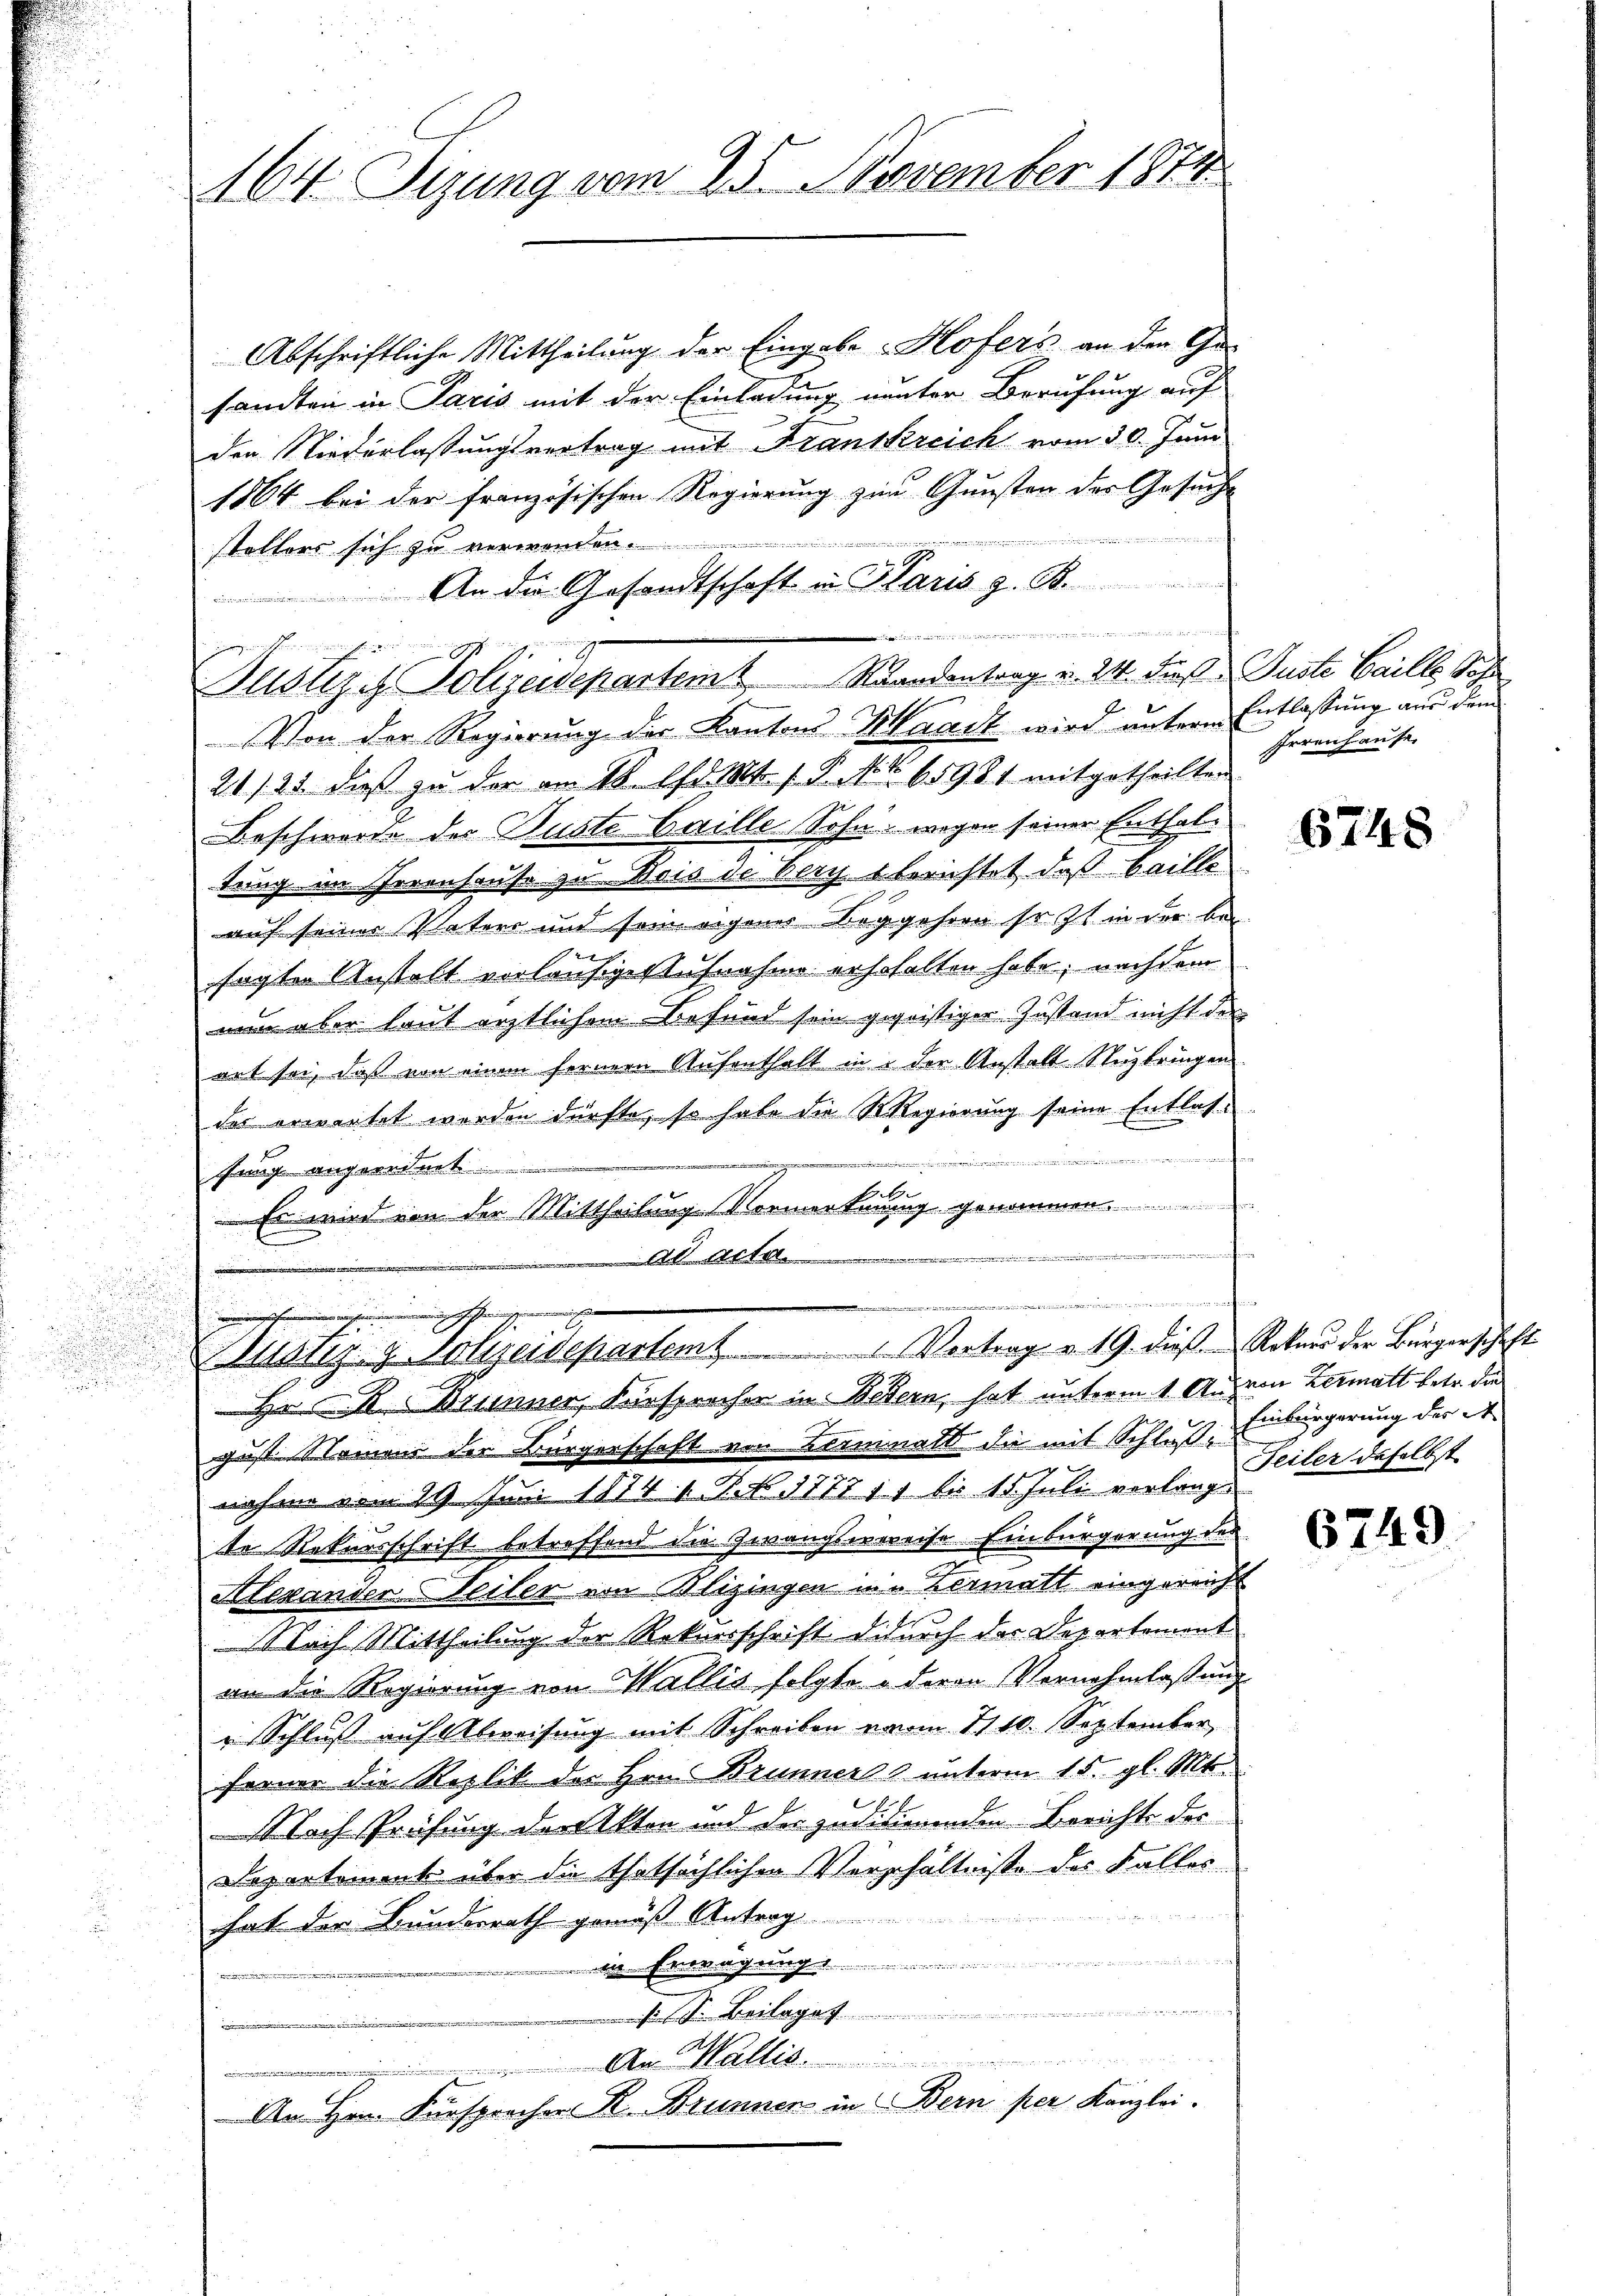
.

164. Tizung vom 25. November 1874

Abschriftliche Mittheilung der Eingabe Hofers an der Ge-
sandten in Paris mit der Einladung neuten Berufung auf
den Niederlassungsvertrag mit Franskreich vom 30. Juni
1864 bei der französischen Regierung zur Gunsten der Gesucht
x
stellers sich zu verwenden.
G
An die Gesandtschaft in Glaris z. B.
L
 nie einen Ste
Justiz & Polizeisepartem Standentrag v. 24. dies Juste Gaille Soh
Von der Regierung der Kantons Marck wird untern Entlassung aus dem
21/25 dieß zu der an Wolf d. Mt. s. S. Nr. 65981 mitgetheilten
Beschwerde des Suste Gaille Sohn wegen seiner Enthaltung im Irrenhause zu Deis de Berg berichtet, daß baille
auf seiner Vaters und sein eigener Begehren so zt in der bei
x
sagten Anstalt vorläufiger Aufnahme erhohalten habe; nachdem
nun aber laut ärztlichem Befund sein gegeistiger Zustand nicht den
art sei, daß von einem ferner Aufenthalt in u der Anstalt-Nuzbringen
der erwartet werden dürfte, so habe die Regierung seine Entlasn
sung angeordnet
Es wird von der Mittheilung Normerkennung genommen.
.
An Acte

A . 222 Al. 2 der der eine und der indet in diesen ein und
shemmen |
Dlustiz- & Polizeidepartet. Vortrag v. 19. dieβ. Rotuer der Bürgerschaft
Hr. R. Brunner, Fürsprecher in Betern, hat unterm 1 Au von Zermatt betr. da

Irreich aufe

gust. Namens der Bürgerschaft von Lerminalt die mit Schluß. Einbürgerung der A.
nahme vom 29. Juni 1874. 1. P. F. 1777 11 bis 15. Juli verlangte Rekursschrift betreffend die Zwangsvereise Einbürgerung der
Alexanden Teiler von Blizingen in Vermatt eingereicht
 Nach Mittheilung der Rekursschrift dadurch der Departement
am die Regierung von Wallis folgte u deren Vernahmlassung
" Schluß auf Abweisung mit Schreiben vom 1110. September
ferner die Replit der Hrn. Brunner & unterm 15. gl. Mts.
Nach Prüfung der Akten und der zudidierenden Berichte der
Departement über die thatsächlichen Verhältniße des Faller
hat der Bundesrath gemäß Antrag
u
le. Erwägung
s J. Breitaget
. An all
An Hrn. Fürsprocher R. Brunnen in Bern per Kanzlei.

6748

Feiler daselbst

6749